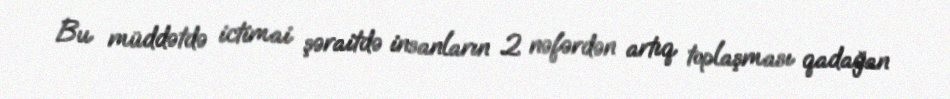
Bu müddətdə ictimai şəraitdə insanların 2 nəfərdən artıq toplaşması qadağan